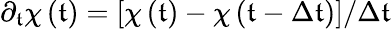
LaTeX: \partial_{\mathfrak{t}}\chi\left(\mathfrak{t}\right)=\left[\chi\left(\mathfrak{t}\right)-\chi\left(\mathfrak{t}-\Delta\mathfrak{t}\right)\right]/\Delta\mathfrak{t}